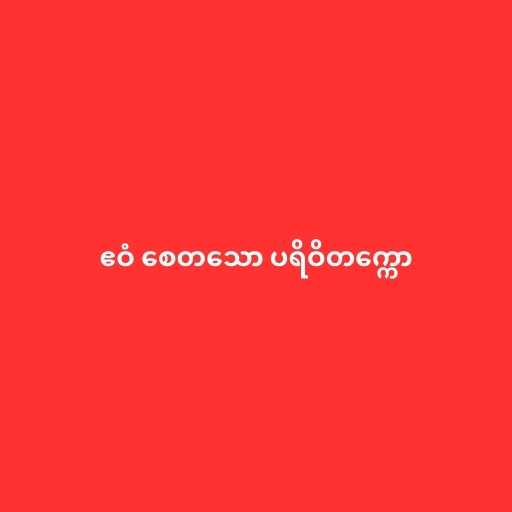
ဧဝံ စေတသော ပရိဝိတက္ကော